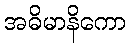
အဓိမာနိကော